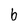
Character: b